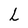
Character: L